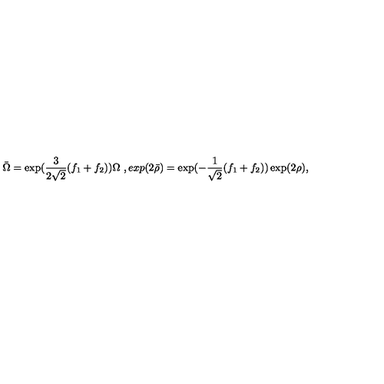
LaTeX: \bar { \Omega } = \exp ( \frac { 3 } { 2 \sqrt { 2 } } ( f _ { 1 } + f _ { 2 } ) ) \Omega \ , e x p ( 2 \bar { \rho } ) = \exp ( - \frac { 1 } { \sqrt { 2 } } ( f _ { 1 } + f _ { 2 } ) ) \exp ( 2 \rho ) ,